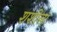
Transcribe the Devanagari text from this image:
शशीला